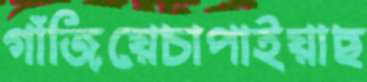
গাঁজিয়েচাপাইয়াছ